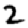
Digit: 2